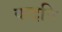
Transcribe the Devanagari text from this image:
कदपि